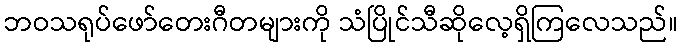
ဘဝသရုပ်ဖော်တေးဂီတများကို သံပြိုင်သီဆိုလေ့ရှိကြလေသည်။